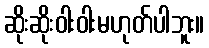
ဆိုးဆိုးဝါးဝါးမဟုတ်ပါဘူး။